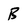
Character: B